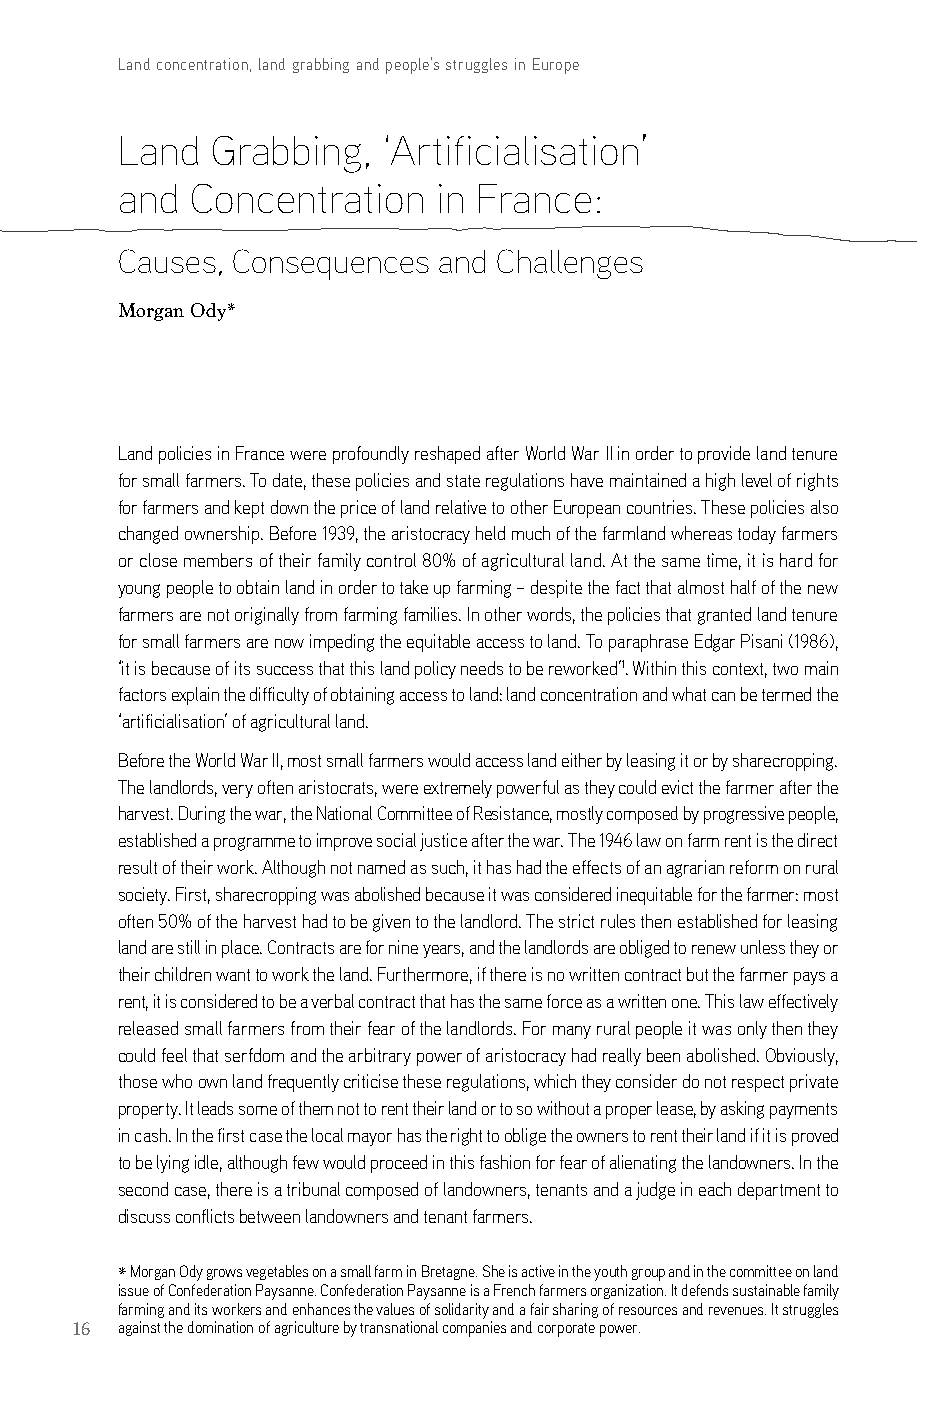
Land concentration, land grabbing and people’s struggles in Europe
 Land  Grabbing,  ‘Artificialisation’
 and  Concentration   in France:
 Causes, Consequences and Challenges
 Morgan Ody*
 land policies in France were profoundly reshaped after World War ii in order to provide land tenure
 for small farmers. To date, these policies and state regulations have maintained a high level of rights
 for farmers and kept down the price of land relative to other european countries. These policies also
 changed ownership. before 1939, the aristocracy held much of the farmland whereas today farmers
 or close members of their family control 80% of agricultural land. at the same time, it is hard for
 young people to obtain land in order to take up farming – despite the fact that almost half of the new
 farmers are not originally from farming families. in other words, the policies that granted land tenure
 for small farmers are now impeding the equitable access to land. To paraphrase edgar Pisani (1986),
 ‘it is because of its success that this land policy needs to be reworked’1. Within this context, two main
 factors explain the difficulty of obtaining access to land: land concentration and what can be termed the
 ‘artificialisation’ of agricultural land.
 before the World War ii, most small farmers would access land either by leasing it or by sharecropping.
 The landlords, very often aristocrats, were extremely powerful as they could evict the farmer after the
 harvest. during the war, the national committee of resistance, mostly composed by progressive people,
 established a programme to improve social justice after the war. The 1946 law on farm rent is the direct
 result of their work. although not named as such, it has had the effects of an agrarian reform on rural
 society. First, sharecropping was abolished because it was considered inequitable for the farmer: most
 often 50% of the harvest had to be given to the landlord. The strict rules then established for leasing
 land are still in place. contracts are for nine years, and the landlords are obliged to renew unless they or
 their children want to work the land. Furthermore, if there is no written contract but the farmer pays a
 rent, it is considered to be a verbal contract that has the same force as a written one. This law effectively
 released small farmers from their fear of the landlords. For many rural people it was only then they
 could feel that serfdom and the arbitrary power of aristocracy had really been abolished. obviously,
 those who own land frequently criticise these regulations, which they consider do not respect private
 property. it leads some of them not to rent their land or to so without a proper lease, by asking payments
 in cash. in the first case the local mayor has the right to oblige the owners to rent their land if it is proved
 to be lying idle, although few would proceed in this fashion for fear of alienating the landowners. in the
 second case, there is a tribunal composed of landowners, tenants and a judge in each department to
 discuss conflicts between landowners and tenant farmers.
 * Morgan ody grows vegetables on a small farm in bretagne. she is active in the youth group and in the committee on land
 issue of confederation Paysanne. confederation Paysanne is a French farmers organization. it defends sustainable family
 farming and its workers and enhances the values of solidarity and a fair sharing of resources and revenues. it struggles
 16 against the domination of agriculture by transnational companies and corporate power.